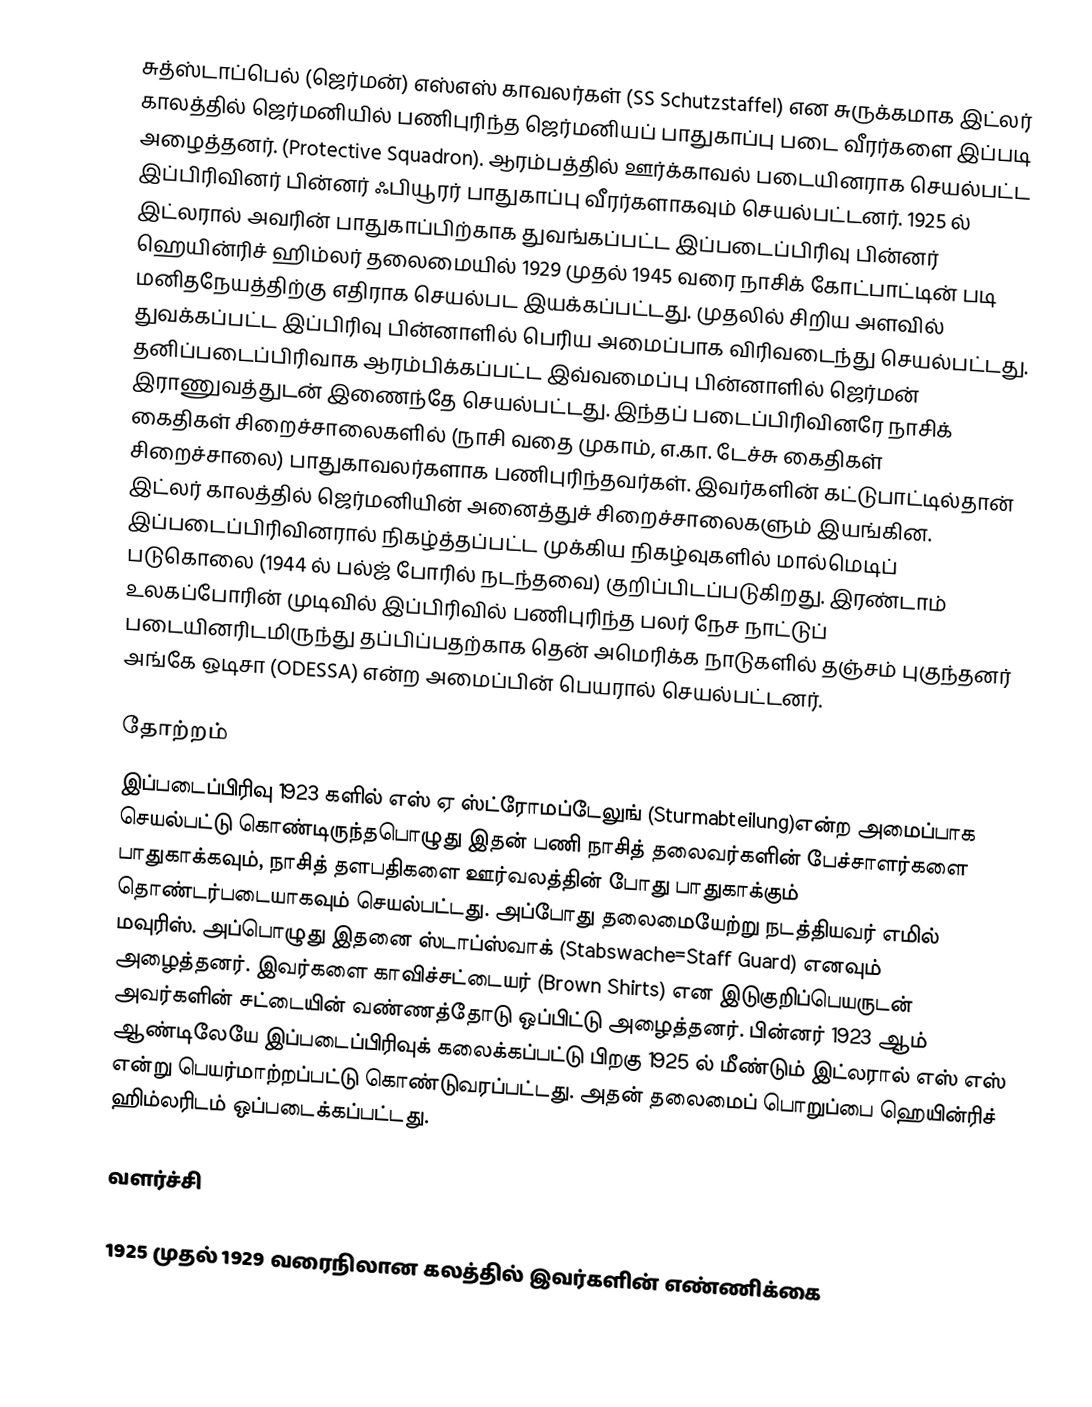
சுத்ஸ்டாப்பெல்  (ஜெர்மன்) எஸ்எஸ் காவலர்கள் (SS Schutzstaffel) என சுருக்கமாக இட்லர் காலத்தில் ஜெர்மனியில் பணிபுரிந்த ஜெர்மனியப் பாதுகாப்பு படை வீரர்களை இப்படி அழைத்தனர். (Protective Squadron). ஆரம்பத்தில் ஊர்க்காவல் படையினராக செயல்பட்ட இப்பிரிவினர் பின்னர் ஃபியூரர் பாதுகாப்பு வீரர்களாகவும் செயல்பட்டனர். 1925 ல் இட்லரால் அவரின் பாதுகாப்பிற்காக துவங்கப்பட்ட இப்படைப்பிரிவு பின்னர் ஹெயின்ரிச் ஹிம்லர் தலைமையில் 1929 முதல் 1945 வரை நாசிக் கோட்பாட்டின் படி மனிதநேயத்திற்கு எதிராக செயல்பட இயக்கப்பட்டது. முதலில் சிறிய அளவில் துவக்கப்பட்ட இப்பிரிவு பின்னாளில் பெரிய அமைப்பாக விரிவடைந்து செயல்பட்டது. தனிப்படைப்பிரிவாக ஆரம்பிக்கப்பட்ட இவ்வமைப்பு பின்னாளில் ஜெர்மன் இராணுவத்துடன் இணைந்தே செயல்பட்டது. இந்தப் படைப்பிரிவினரே நாசிக் கைதிகள் சிறைச்சாலைகளில் (நாசி வதை முகாம், எ.கா. டேச்சு கைதிகள் சிறைச்சாலை) பாதுகாவலர்களாக பணிபுரிந்தவர்கள். இவர்களின் கட்டுபாட்டில்தான் இட்லர் காலத்தில் ஜெர்மனியின் அனைத்துச் சிறைச்சாலைகளும் இயங்கின. இப்படைப்பிரிவினரால் நிகழ்த்தப்பட்ட முக்கிய நிகழ்வுகளில் மால்மெடிப் படுகொலை (1944 ல் பல்ஜ் போரில் நடந்தவை) குறிப்பிடப்படுகிறது. இரண்டாம் உலகப்போரின் முடிவில் இப்பிரிவில் பணிபுரிந்த பலர் நேச நாட்டுப் படையினரிடமிருந்து தப்பிப்பதற்காக தென் அமெரிக்க நாடுகளில் தஞ்சம் புகுந்தனர் அங்கே ஒடிசா (ODESSA) என்ற அமைப்பின் பெயரால் செயல்பட்டனர்.

தோற்றம்
 இப்படைப்பிரிவு 1923 களில் எஸ் ஏ ஸ்ட்ரோமப்டேலுங் (Sturmabteilung)என்ற அமைப்பாக செயல்பட்டு கொண்டிருந்தபொழுது இதன் பணி நாசித் தலைவர்களின் பேச்சாளர்களை பாதுகாக்கவும், நாசித் தளபதிகளை ஊர்வலத்தின் போது பாதுகாக்கும் தொண்டர்படையாகவும் செயல்பட்டது. அப்போது தலைமையேற்று நடத்தியவர் எமில் மவுரிஸ். அப்பொழுது இதனை ஸ்டாப்ஸ்வாக் (Stabswache=Staff Guard) எனவும் அழைத்தனர். இவர்களை காவிச்சட்டையர் (Brown Shirts) என இடுகுறிப்பெயருடன் அவர்களின் சட்டையின் வண்ணத்தோடு ஒப்பிட்டு அழைத்தனர். பின்னர் 1923 ஆம் ஆண்டிலேயே இப்படைப்பிரிவுக் கலைக்கப்பட்டு பிறகு 1925 ல் மீண்டும் இட்லரால் எஸ் எஸ் என்று பெயர்மாற்றப்பட்டு கொண்டுவரப்பட்டது. அதன் தலைமைப் பொறுப்பை ஹெயின்ரிச் ஹிம்லரிடம் ஒப்படைக்கப்பட்டது.

வளர்ச்சி

1925 முதல் 1929 வரைநிலான கலத்தில் இவர்களின் எண்ணிக்கை